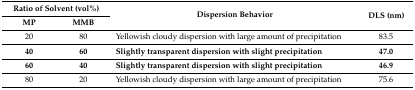
<table><thead><tr><td colspan="2"><b>Ratio of Solvent (vol%)</b></td><td rowspan="2"><b>Dispersion Behavior</b></td><td rowspan="2"><b>DLS (nm)</b></td></tr><tr><td><b>MP</b></td><td><b>MMB</b></td></tr></thead><tbody><tr><td>20</td><td>80</td><td>Yellowish cloudy dispersion with large amount of precipitation</td><td>83.5</td></tr><tr><td><b>40</b></td><td><b>60</b></td><td><b>Slightly transparent dispersion with slight precipitation</b></td><td><b>47.0</b></td></tr><tr><td><b>60</b></td><td><b>40</b></td><td><b>Slightly transparent dispersion with slight precipitation</b></td><td><b>46.9</b></td></tr><tr><td>80</td><td>20</td><td>Yellowish cloudy dispersion with large amount of precipitation</td><td>75.6</td></tr></tbody></table>